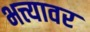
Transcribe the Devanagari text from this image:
भत्त्यावर